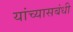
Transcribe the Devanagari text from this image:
यांच्यासबंधी